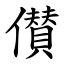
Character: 儧